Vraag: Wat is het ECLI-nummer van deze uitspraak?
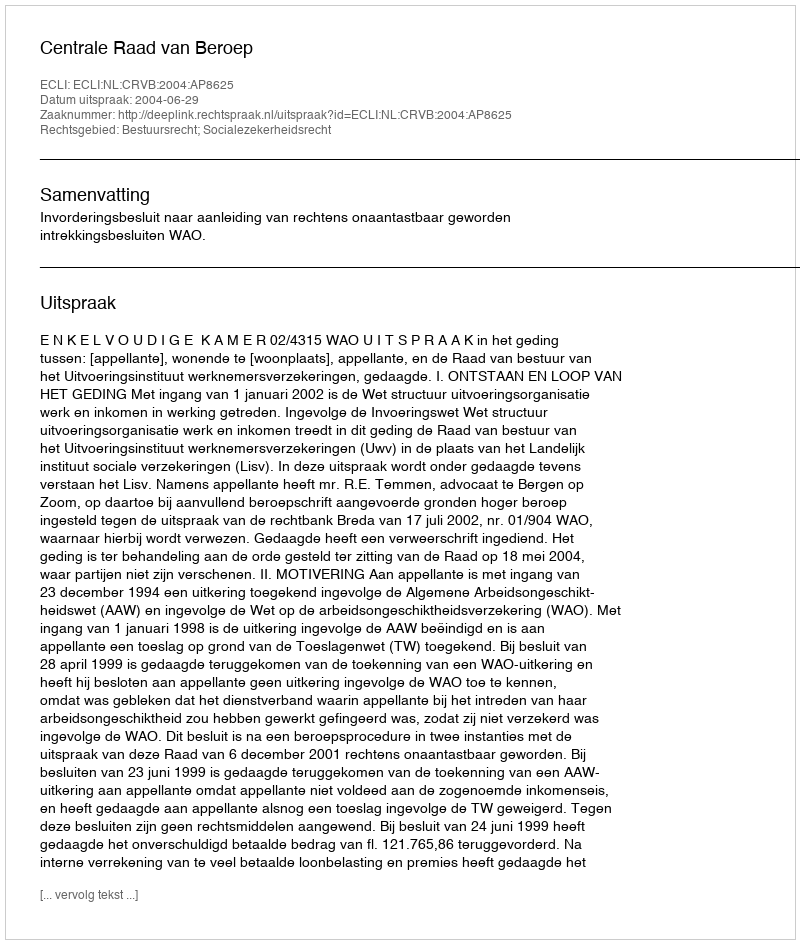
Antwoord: ECLI:NL:CRVB:2004:AP8625